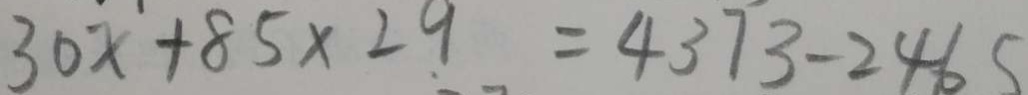
3 0 x + 8 5 \times 2 9 = 4 3 7 3 - 2 4 6 5